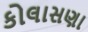
કોલાસણા